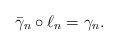
LaTeX: \begin{align*}\bar\gamma_n\circ\ell_n=\gamma_n.\end{align*}